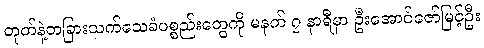
တုတ်နဲ့တခြားသက်သေခံပစ္စည်းတွေကို မနက် ၇ နာရီမှာ ဦးအောင်ဇော်မြင့်ဦး